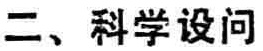
二、科学设问